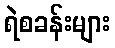
ရဲစခန်းများ